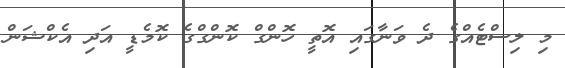
މި ލިސްޓެއްގެ ދެ ވަނާގައި އޮތީ ހޮންގް ކޮންގްގެ ކޮމެޑީ އަދި އެކްޝަން